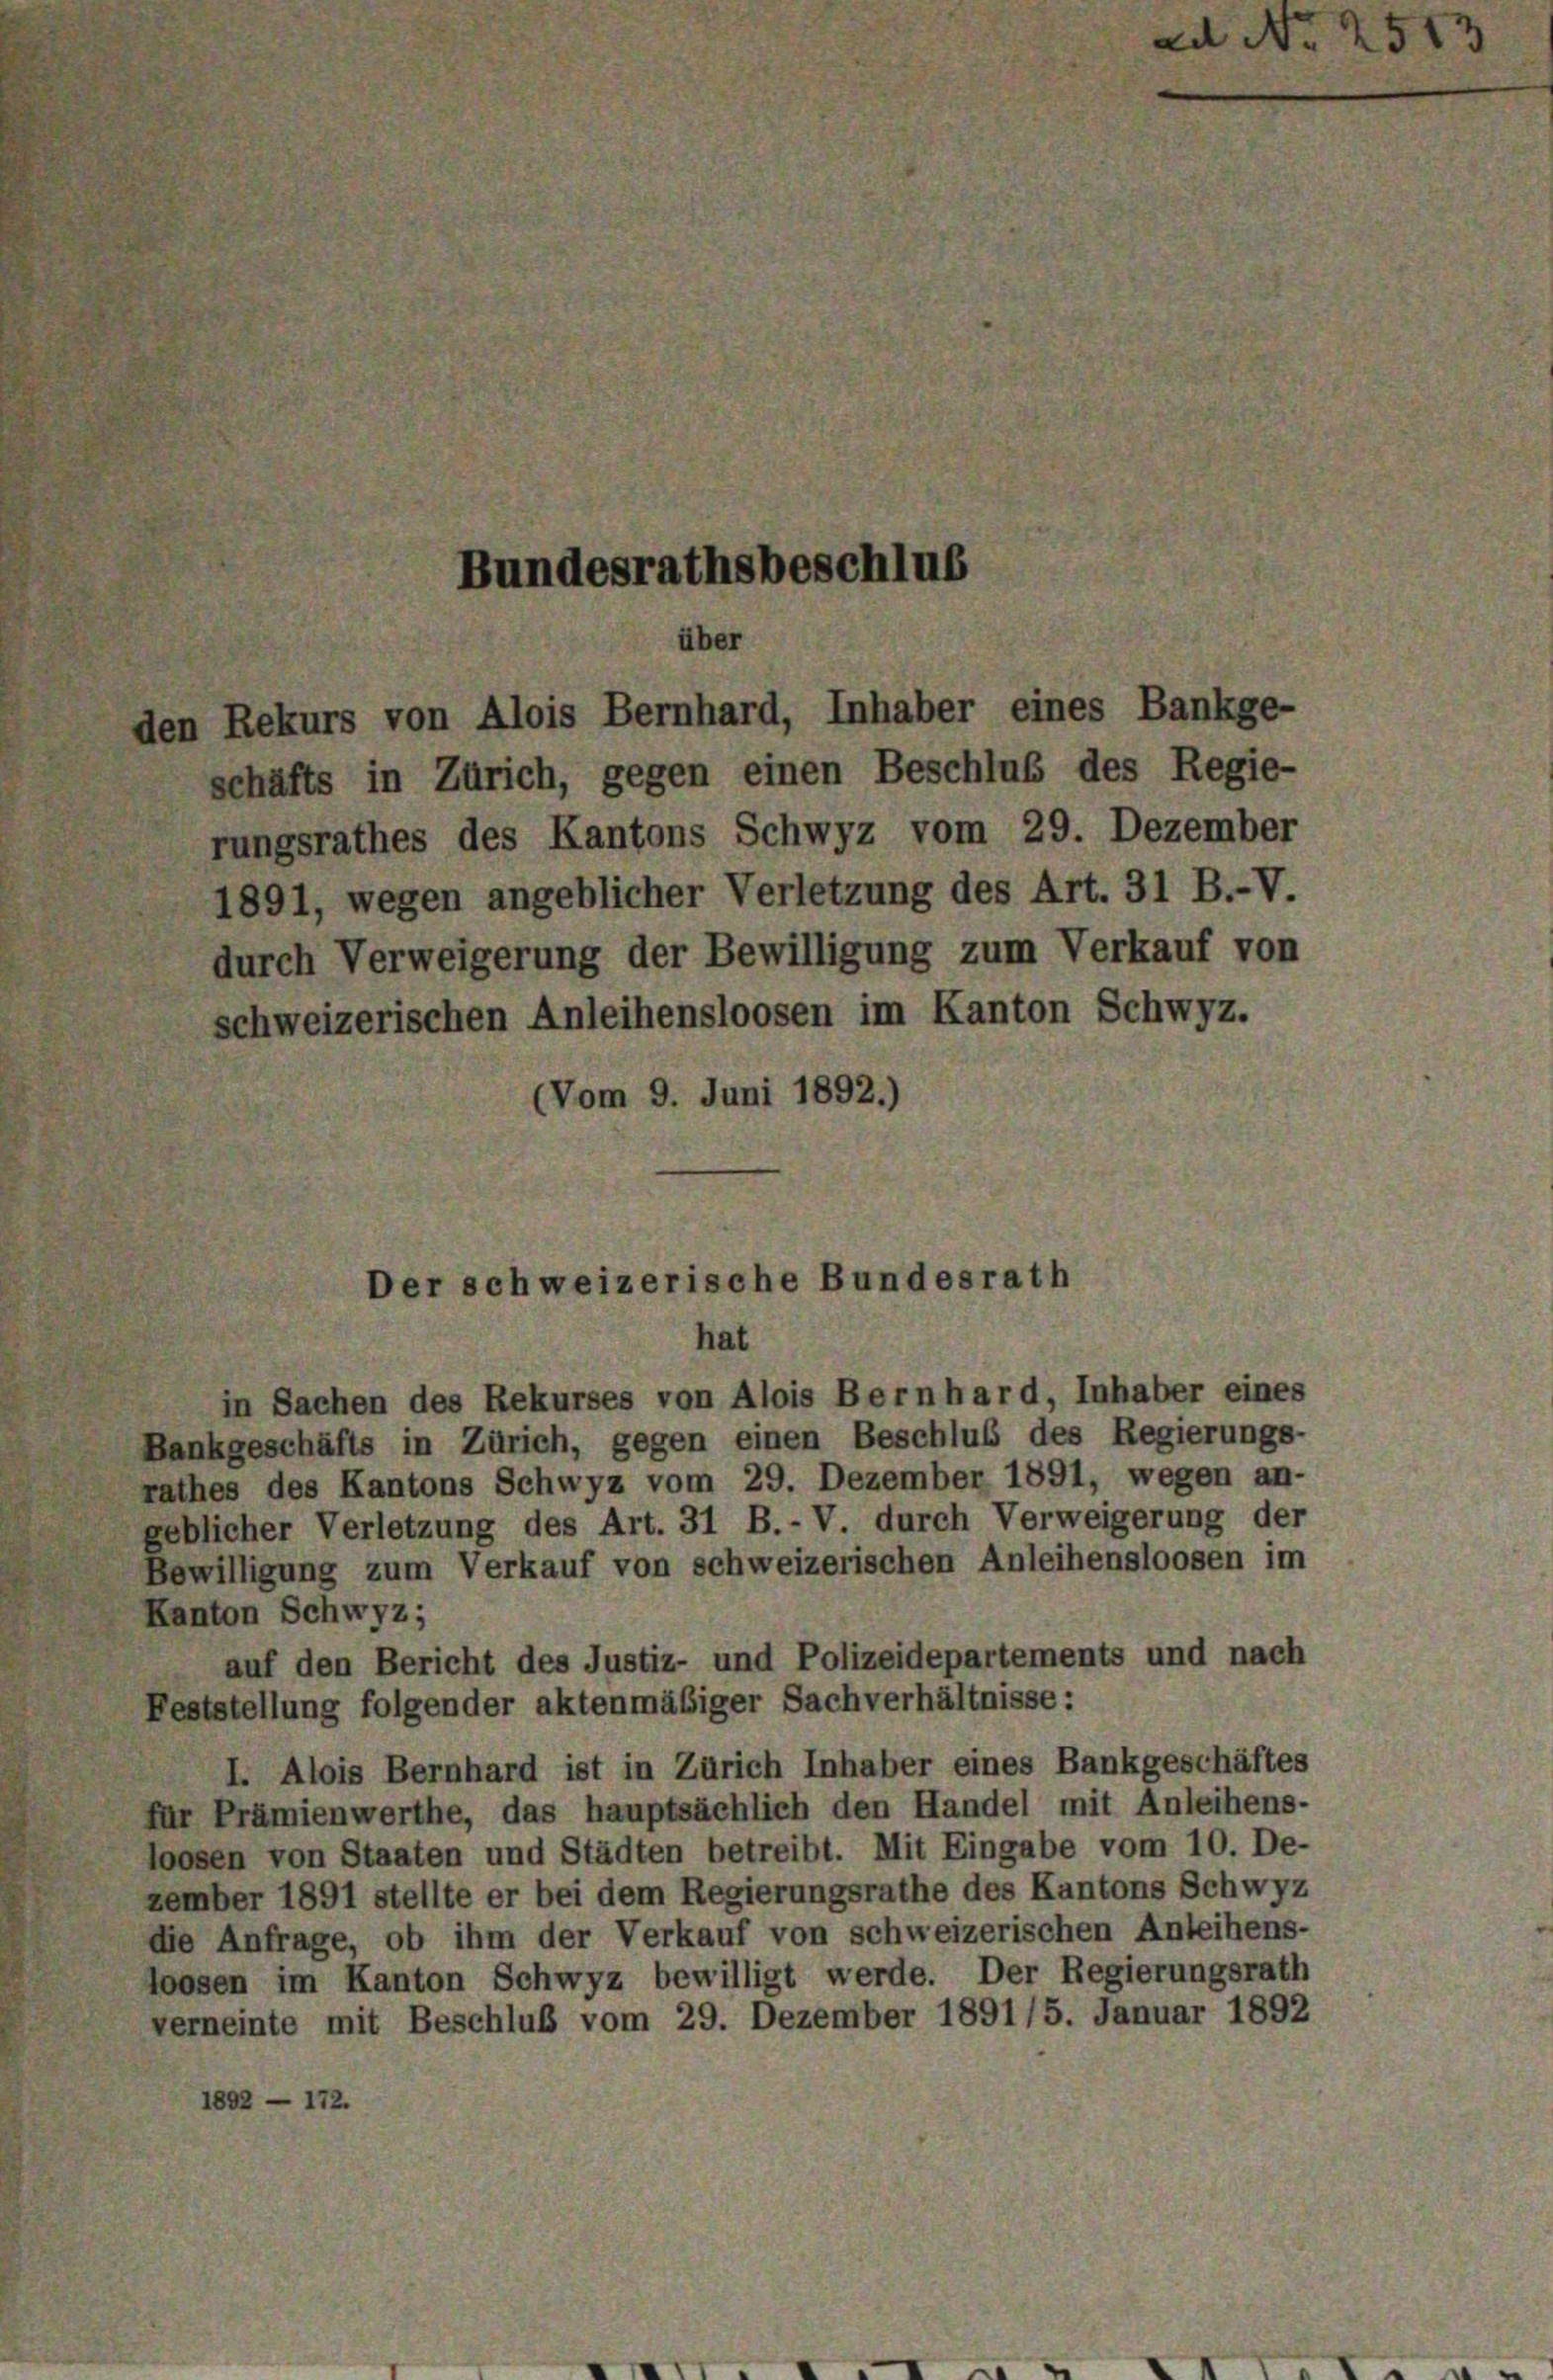
schäfts in Zürich, gegen einen Beschluß des Regie-
rungsrathes des Kantons Schwyz vom 29. Dezember
1891, wegen angeblicher Verletzung des Art. 31 B.-V.
durch Verweigerung der Bewilligung zum Verkauf von
schweizerischen Anleihensloosen im Kanton Schwyz.
(Vom 9. Juni 1892.)

Bundesrathsbeschlus
über
den Rekurs von Alois Bernhard, Inhaber eines Bankge-

Der schweizerische Bundesrath

hat
in Sachen des Rekurses von Alois Bernhard, Inhaber eines
Bankgeschäfts in Zürich, gegen einen Beschluß des Regierungs-
rathes des Kantons Schwyz vom 29. Dezember 1891, wegen an-
geblicher Verletzung des Art. 31 B.-V. durch Verweigerung der
Bewilligung zum Verkauf von schweizerischen Anleihensloosen im
Kanton Schwyz;
auf den Bericht des Justiz- und Polizeidepartements und nach
Feststellung folgender aktenmäßiger Sachverhältnisse:
I. Alois Bernhard ist in Zürich Inhaber eines Bankgeschäftes
für Prämienwerthe, das hauptsächlich den Handel mit Anleihens-
loosen von Staaten und Städten betreibt. Mit Eingabe vom 10. De-
zember 1891 stellte er bei dem Regierungsrathe des Kantons Schwyz
die Anfrage, ob ihm der Verkauf von schweizerischen Anleihens-
loosen im Kanton Schwyz bewilligt werde. Der Regierungsrath
verneinte mit Beschluß vom 29. Dezember 1891/5. Januar 1892
1892

ad No 2513